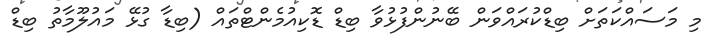
މި މަސައްކަތަށް ބިޑްކުރައްވަން ބޭނުންފުޅުވާ ބިޑް ޑޮކިއުމެންޓްތައް (ބިޑާ ގުޅޭ މައުލޫމާތު ބިޑް